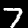
Label: 7